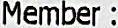
MEMBER :